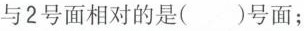
与2号面相对的是()号面；